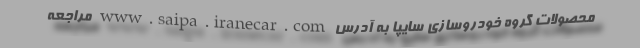
محصولات گروه خودروسازی سایپا به آدرس www.saipa.iranecar.com مراجعه